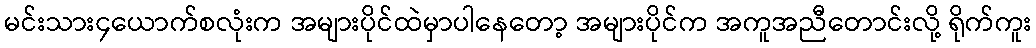
မင်းသား၄ယောက်စလုံးက အများပိုင်ထဲမှာပါနေတော့ အများပိုင်က အကူအညီတောင်းလို့ ရိုက်ကူး